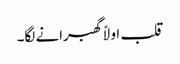
قلب اولاً گھبرانے لگا۔